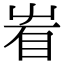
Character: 𥄾